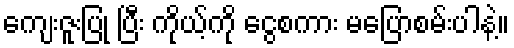
ကျေးဇူးပြု ပြီး ကိုယ့်ကို ငွေစကား မပြောစမ်းပါနဲ့။